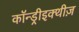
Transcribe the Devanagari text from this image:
कॉन्ड्रीइक्थीज़